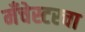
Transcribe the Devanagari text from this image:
मँचेस्टरचा